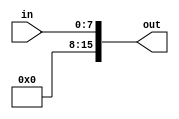
module ze_8b_16b(
   input [7:0] in,
   output [15:0] out
   );

	assign out = {8'h00, in};

endmodule